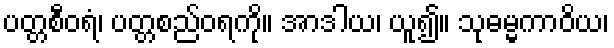
ပတ္တစီဝရံ၊ ပတ္တစည်ဝရကို။ အာဒါယ၊ ယူ၍။ သုဓမ္မကာဝိယ၊